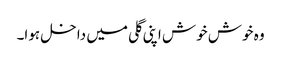
وہ خوش خوش اپنی گلی میں داخل ہوا۔